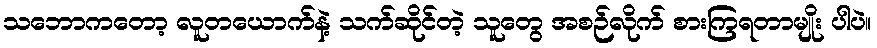
သဘောကတော့ လူတယောက်နဲ့ သက်ဆိုင်တဲ့ သူတွေ အစဉ်လိုက် စားကြရတာမျိုး ပါပဲ။